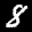
Label: 8